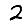
Digit: 2